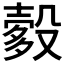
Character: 𬆯